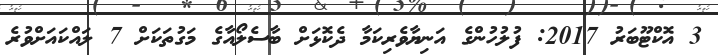
3 އޮކްޓޫބަރު 2017: ފުލުހުންގެ އަނިޔާވެރިކަމާ ދެކޮޅަށް ބާސެލޯއާގެ މަގުތަކަށް 7 ލައްކައަށްވުރެ